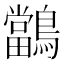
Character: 𪇁